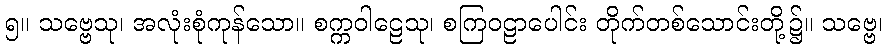
၅။ သဗ္ဗေသု၊ အလုံးစုံကုန်သော။ စက္ကဝါဠေသု၊ စကြဝဠာပေါင်း တိုက်တစ်သောင်းတို့၌။ သဗ္ဗေ၊